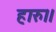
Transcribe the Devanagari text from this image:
हारु।।